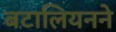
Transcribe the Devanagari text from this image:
बटालियनने